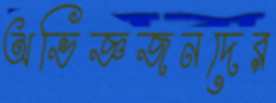
অভিজ্ঞজনদের